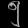
Digit: ၅